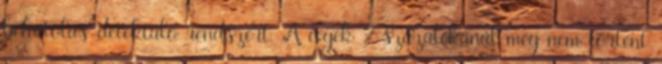
behatolás-detektáló rendszert. A cégek 2 százalékánál még nem történt